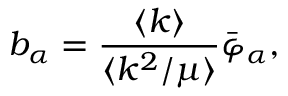
b _ { \alpha } = \frac { \langle k \rangle } { \langle k ^ { 2 } / \mu \rangle } \bar { \varphi } _ { \alpha } ,